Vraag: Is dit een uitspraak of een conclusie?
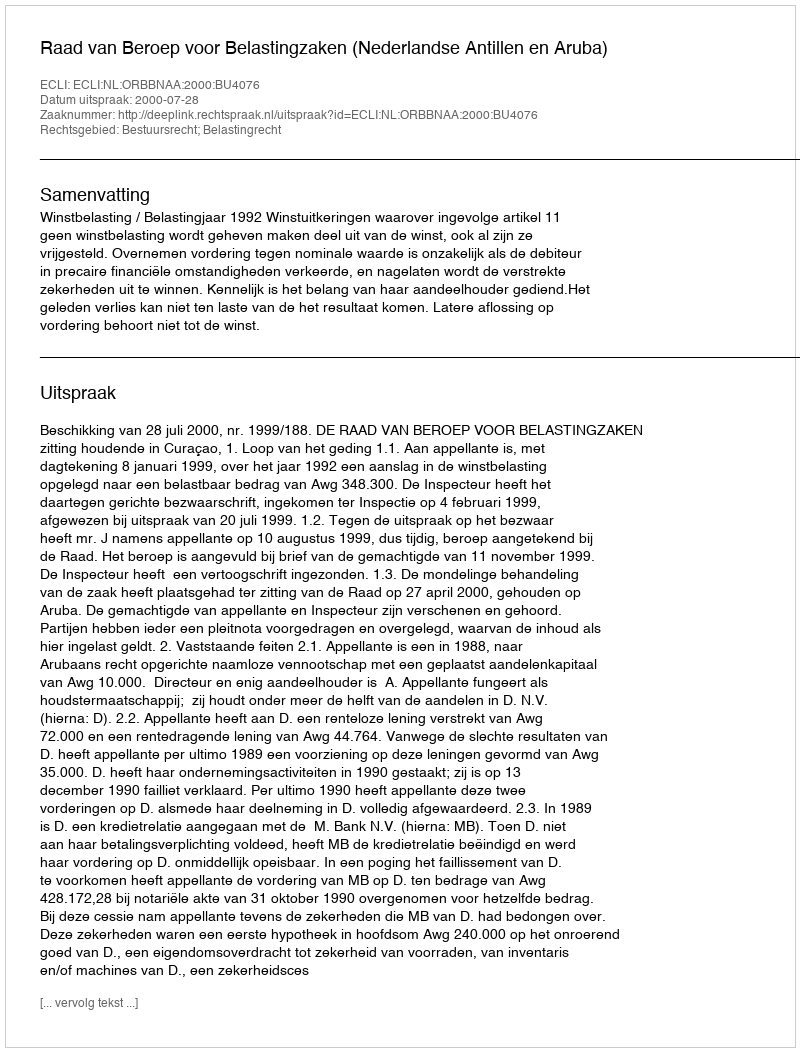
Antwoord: Uitspraak